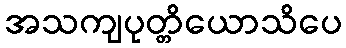
အသကျပုတ္တိယောသိပေ